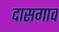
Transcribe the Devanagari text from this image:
दासगाव